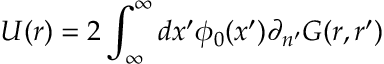
U ( r ) = 2 \int _ { \infty } ^ { \infty } d x ^ { \prime } \phi _ { 0 } ( x ^ { \prime } ) \partial _ { n ^ { \prime } } G ( r , r ^ { \prime } )